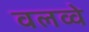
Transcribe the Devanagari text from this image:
वलव्वे